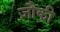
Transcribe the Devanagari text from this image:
ज़ौकी